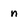
Character: n